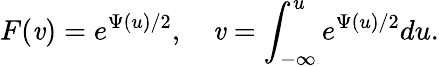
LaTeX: F(\mathit{v})=e^{\Psi(u)/2},\quad\mathit{v}=\int_{-\infty}^{u}e^{\Psi(u)/2}du.